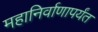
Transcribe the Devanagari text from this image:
महानिर्वाणापर्यंत